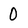
Character: 0